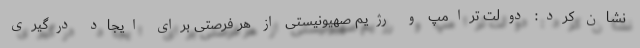
نشان کرد: دولت ترامپ و رژیم صهیونیستی از هر فرصتی برای ایجاد درگیری